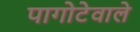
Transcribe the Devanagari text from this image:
पागोटेवाले